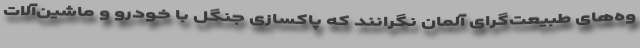
وه‌های طبیعت‌گرای آلمان نگرانند که پاکسازی جنگل با خودرو و ماشین‌آلات